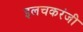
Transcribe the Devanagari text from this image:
इलचकरंजी